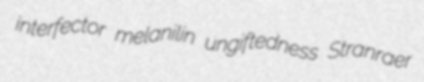
interfector melanilin ungiftedness Stranraer